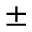
\pm